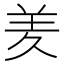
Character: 羑